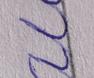
Signature authenticity: forged